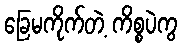
ခြေမကိုက်တဲ့ ကိစ္စပဲကွ